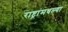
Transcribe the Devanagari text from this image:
राष्ट्रांमधल्या